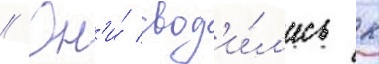
// Он'и́ свод'и́л'ись к